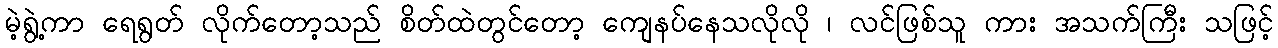
မဲ့ရွဲ့ကာ ရေရွတ် လိုက်တော့သည် စိတ်ထဲတွင်တော့ ကျေနပ်နေသလိုလို ၊ လင်ဖြစ်သူ ကား အသက်ကြီး သဖြင့်